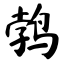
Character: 鹁